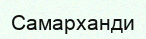
Самарханди